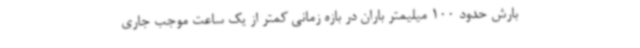
بارش حدود 100 میلیمتر باران در بازه زمانی کمتر از یک ساعت موجب جاری